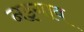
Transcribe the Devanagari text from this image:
नइगाव